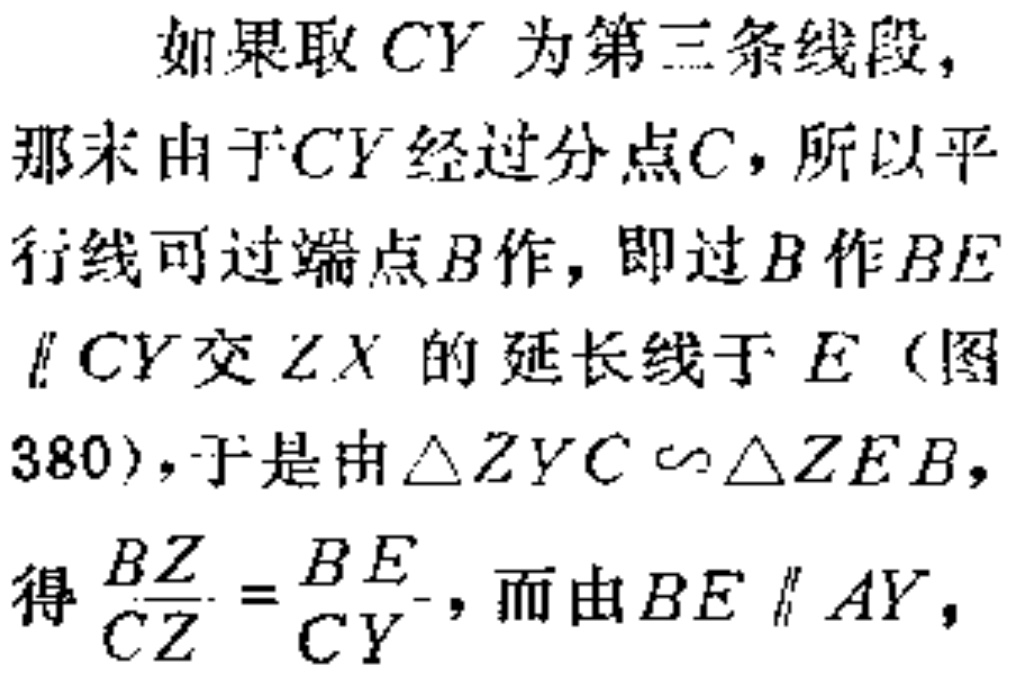
如果取 \(CY\) 为第三条线段，
那末由于 \(CY\) 经过分点 \(C\)，所以平
行线可过端点 \(B\) 作，即过 \(B\) 作 \(BE\)
\(\parallel CY\) 交 \(ZX\) 的延长线于 \(E\)（图
380），于是由 \(\triangle ZYC \sim \triangle ZEB\)，
得 \(\frac{BZ}{CZ} = \frac{BE}{CY}\)，而由 \(BE \parallel AY\)，